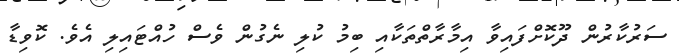
ސަރުކާރުން ދޫކޮށްފައިވާ އިމާރާތްތަކާއި ބިމު ކުލި ނެގުން ވެސް ހުއްޓައިލި އެވެ. ކޮވިޑާ